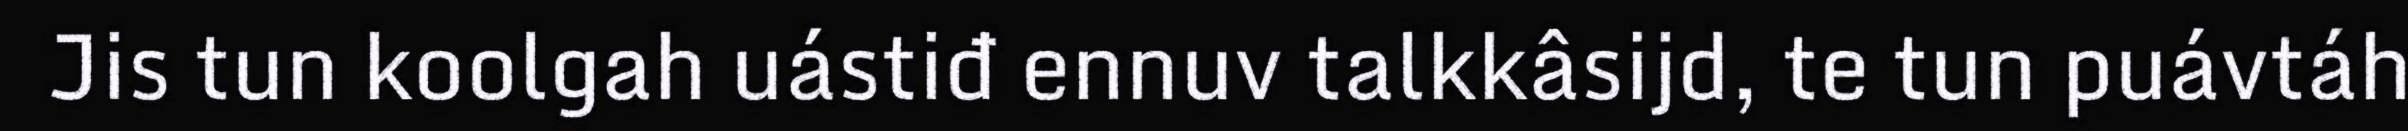
Jis tun koolgah uástiđ ennuv talkkâsijd, te tun puávtáh